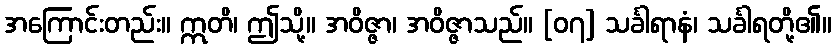
အကြောင်းတည်း။ ဣတိ၊ ဤသို့။ အဝိဇ္ဇာ၊ အဝိဇ္ဇာသည်။ [၀၇] သင်္ခါရာနံ၊ သင်္ခါရတို့၏။